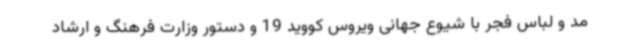
مد و لباس فجر با شیوع جهانی ویروس کووید 19 و دستور وزارت فرهنگ و ارشاد